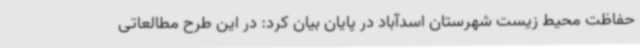
حفاظت محیط زیست شهرستان اسدآباد در پایان بیان کرد: در این طرح مطالعاتی